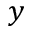
y